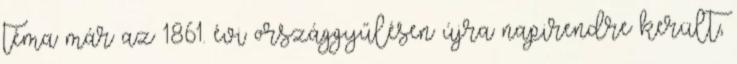
téma már az 1861. évi országgyűlésen újra napirendre került,